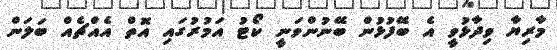
މާރިޔާ ވިދާޅުވީ އެ ބޭފުޅުން ބޭނުންވަނީ ކޯޓު އަމުރުގައި އޮތް އެއްޗެއް ބަލަން